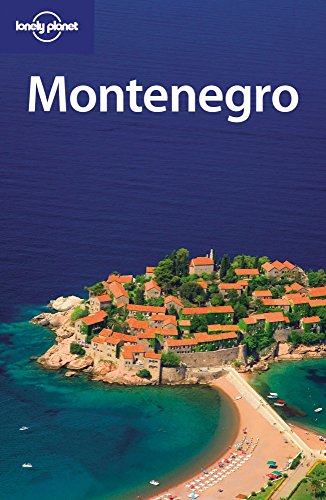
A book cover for Lonely Planet Montenegro; Peter Dragicevich; William Gourlay; Vesna Maric; Travel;